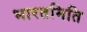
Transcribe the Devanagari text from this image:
भारतमिति